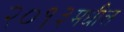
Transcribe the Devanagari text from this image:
२०१३मधील